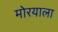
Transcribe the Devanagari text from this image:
मोरयाला